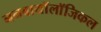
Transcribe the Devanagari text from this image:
ननबायाॅलाॅजिकल